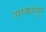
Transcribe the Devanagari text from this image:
शाकरपुर